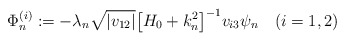
\begin{align*}\Phi_n^{(i)} := - \lambda_n \sqrt{|v_{12}|} \bigl[H_0 + k_n^2\bigr]^{-1} v_{i3} \psi_n \quad(i=1,2)\end{align*}